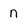
Character: n